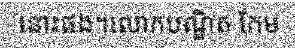
នោះផង។លោកបណ្ឌិត កែម